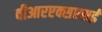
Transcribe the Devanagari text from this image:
वीआरएक्सएसई